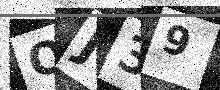
Text: QJ39